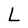
Character: L